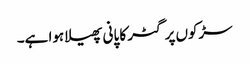
سڑکوں پر گٹر کا پانی پھیلا ہوا ہے۔